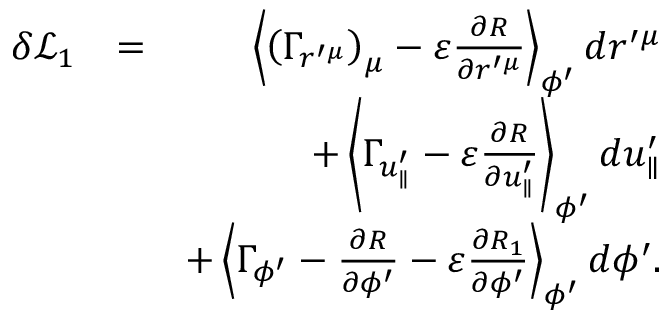
\begin{array} { r l r } { \delta \mathcal { L } _ { 1 } } & { = } & { \left\langle \left( \Gamma _ { r ^ { \prime \mu } } \right) _ { \mu } - \varepsilon \frac { \partial R } { \partial r ^ { \prime \mu } } \right\rangle _ { \phi ^ { \prime } } d r ^ { \prime \mu } } \\ & { } & { + \left\langle \Gamma _ { u _ { \parallel } ^ { \prime } } - \varepsilon \frac { \partial R } { \partial u _ { \parallel } ^ { \prime } } \right\rangle _ { \phi ^ { \prime } } d u _ { \parallel } ^ { \prime } } \\ & { } & { + \left\langle \Gamma _ { \phi ^ { \prime } } - \frac { \partial R } { \partial \phi ^ { \prime } } - \varepsilon \frac { \partial R _ { 1 } } { \partial \phi ^ { \prime } } \right\rangle _ { \phi ^ { \prime } } d \phi ^ { \prime } . } \end{array}